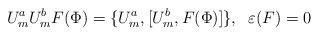
LaTeX: \begin{align*}U^a_m U^b_m F(\Phi) = \{U^a_m,{[}U^b_m, F(\Phi){]}\},\;\;\varepsilon(F)=0\end{align*}